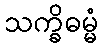
သက္ခိဓမ္မံ